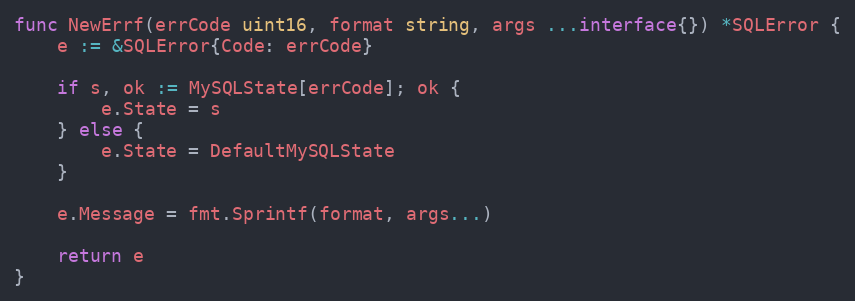
Language: Go
func NewErrf(errCode uint16, format string, args ...interface{}) *SQLError {
	e := &SQLError{Code: errCode}

	if s, ok := MySQLState[errCode]; ok {
		e.State = s
	} else {
		e.State = DefaultMySQLState
	}

	e.Message = fmt.Sprintf(format, args...)

	return e
}